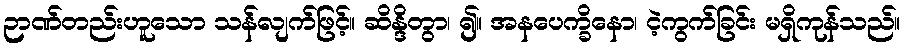
ဉာဏ်တည်းဟူသော သန်လျက်ဖြင့်။ ဆိန္ဒိတွာ၊ ၍။ အနပေက္ခိနော၊ ငဲ့ကွက်ခြင်း မရှိကုန်သည်။